Leningradi_Edasi_toimetus, lk 6
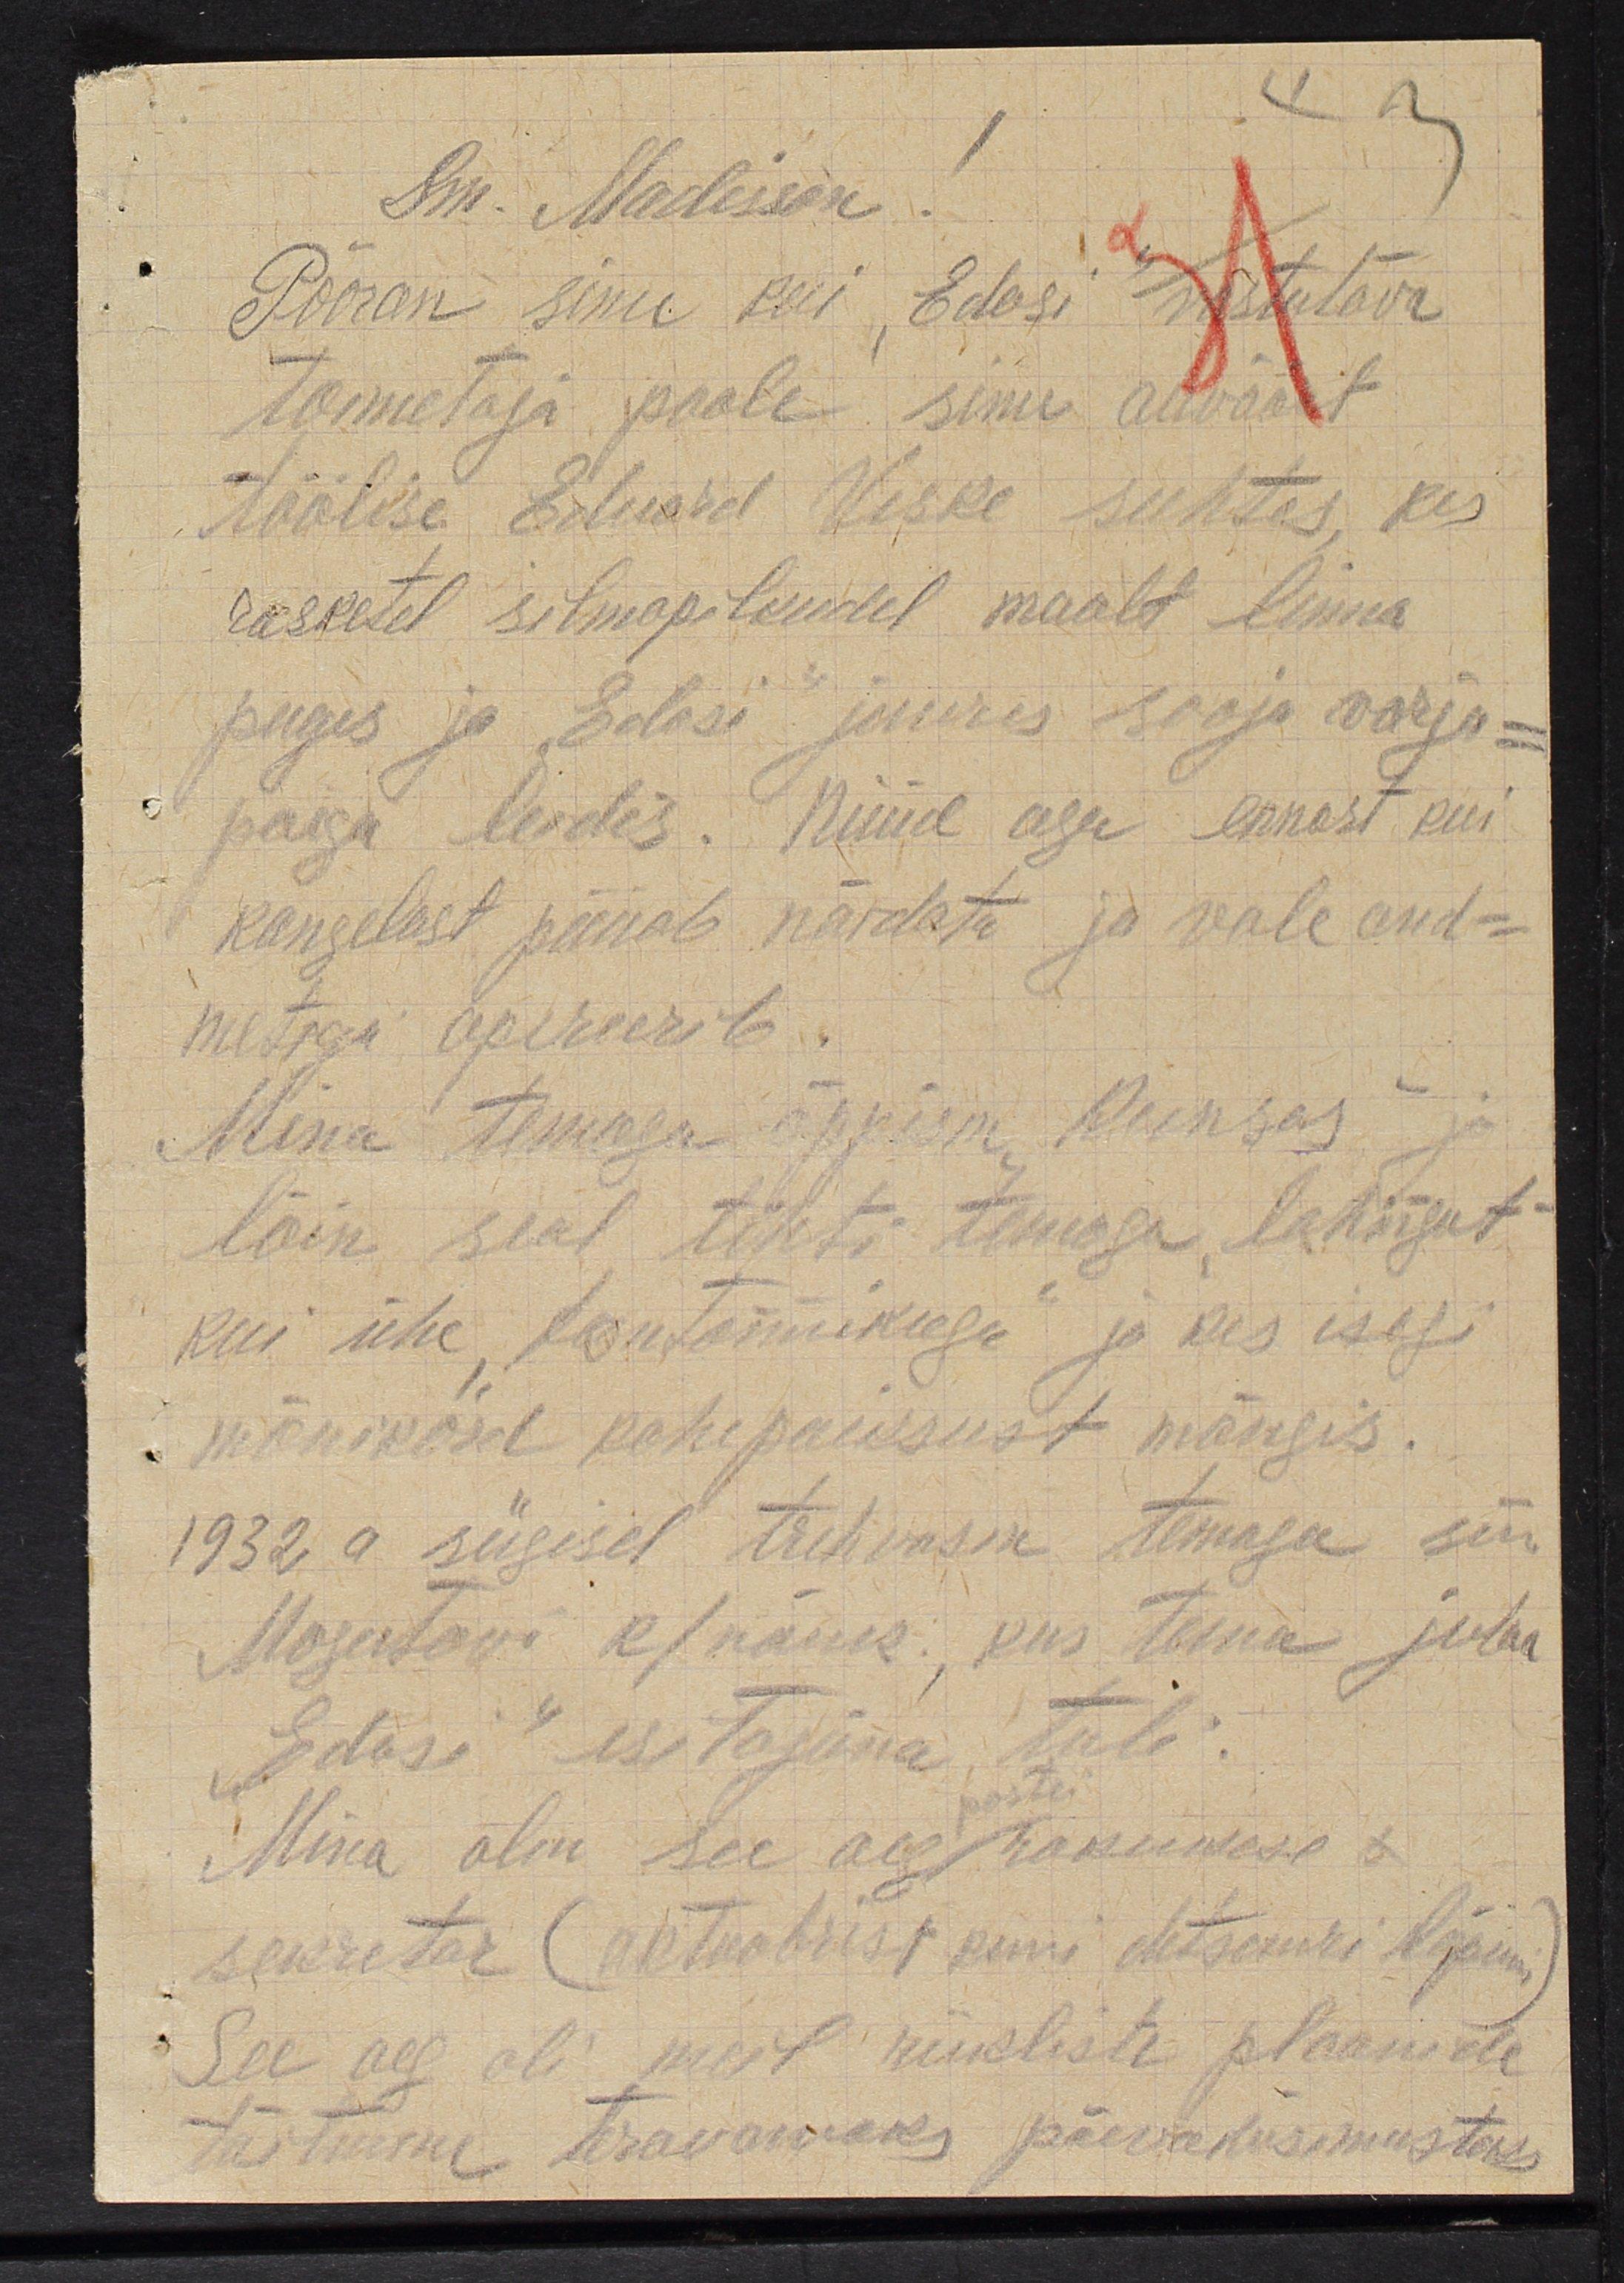
Sm. Madisson.
Pööran sinu kui "Edasi" vastutava
toimetaja poole sinu auväärt
töölise Eduard Veske suhtes, kes
rasketel silmapilkudel maalt linna
puges ja Edasi juures sooja varju-
paiga leidis. Nüüd aga ennast kui
kangelast püüab näidata ja vale and-
metega apereerib.
Mina temaga õppisin Reinsas ja
lõin seal tihti temaga lahingut
kui ühe fontonnikuga ja kes isegi
mõnikord kahepaiksust mängis.
1932. a sügisel trehvasin temaga siis
Mogutavi k/nõuk, kus tema juba
"Edasi" esitajana tuli.
partei
Mina olin see aeg rakkuduse
sekretär (oktoobrist kuni detsembi lõpuni)
See aeg oli meil riikliste plaanide
tõstmine teravamaks päeva küsimusteks